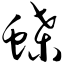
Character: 蝶